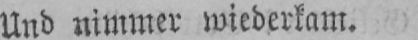
Und nimmer wiederkam.